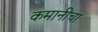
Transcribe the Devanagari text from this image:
कमानीचा